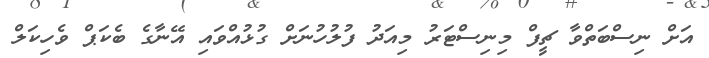
އަށް ނިސްބަތްވާ ޗީފް މިނިސްޓަރު މިއަދު ފުލުހުނަށް ގުޅުއްވައި އޭނާގެ ބެކަޕް ވެހިކަލް